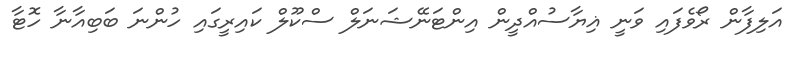
އަލިފާން ރޯވެފައި ވަނީ ޣިޔާސުއްދީން އިންޓަނޭޝަނަލް ސްކޫލް ކައިރީގައި ހުންނަ ބަބިއާނާ ހޮޓާ